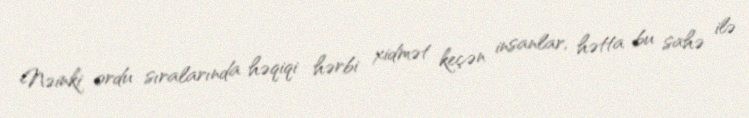
Nəinki ordu sıralarında həqiqi hərbi xidmət keçən insanlar, hətta bu sahə ilə